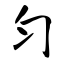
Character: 匀